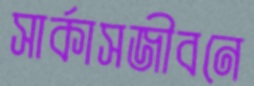
সার্কাসজীবনে